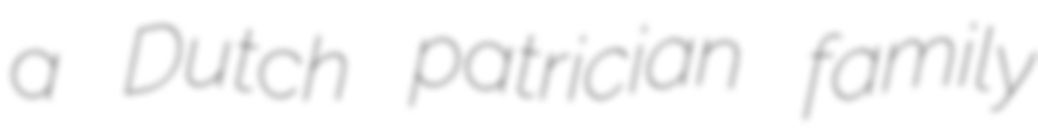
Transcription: a Dutch patrician family